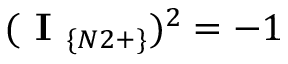
( \textbf { I } _ { \{ N 2 + \} } ) ^ { 2 } = - 1